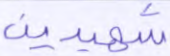
شهيدين